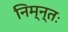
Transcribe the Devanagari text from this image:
निम्न्तः